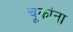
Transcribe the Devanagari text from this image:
चूकांना